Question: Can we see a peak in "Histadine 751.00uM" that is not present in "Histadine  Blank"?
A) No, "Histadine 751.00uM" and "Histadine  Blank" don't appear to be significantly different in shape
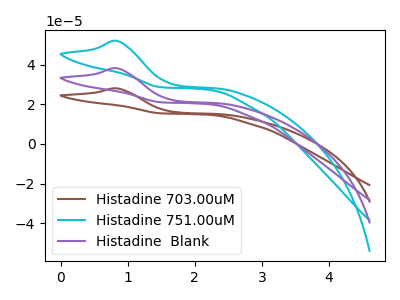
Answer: <think>The brown curve "Histadine 703.00uM" has an anodic peak at: (0.85V, 76.25uA). The cyan curve "Histadine 751.00uM" has an anodic peak at: (0.85V, 51.90uA). The purple curve "Histadine  Blank" has an anodic peak at: (0.85V, 38.10uA).
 All the peaks in "Histadine 751.00uM" have a peak in "Histadine  Blank" at the same potential. Every peak in "Histadine 751.00uM" is higher than every peak in "Histadine  Blank".</think>
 <answer>A) No, "Histadine 751.00uM" and "Histadine  Blank" don't appear to be significantly different in shape</answer>
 <eval>A</eval>